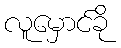
လူမှောင်ခို